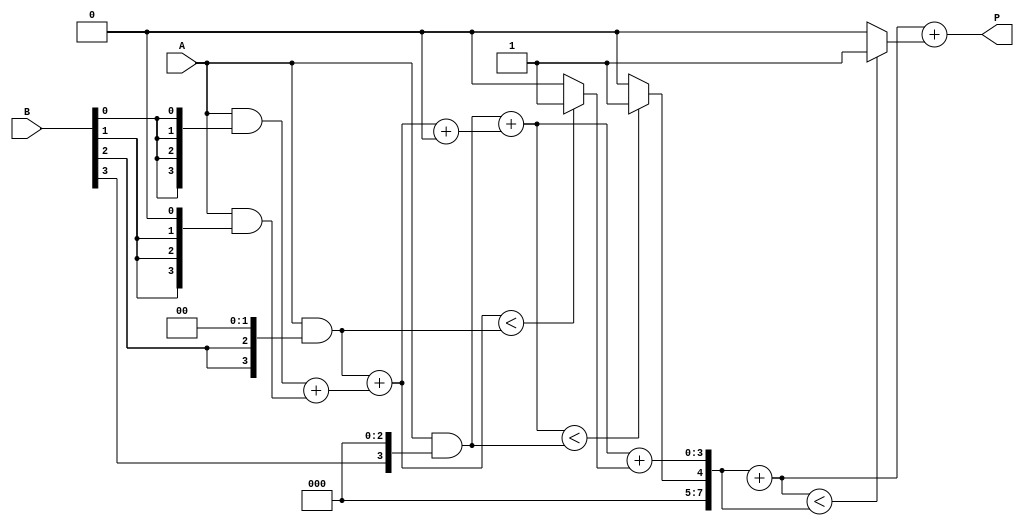
module wallace_tree_multiplier #(parameter N = 4) (
    input [N-1:0] A,
    input [N-1:0] B,
    output reg [2*N-1:0] P
);

    // Internal wires for partial products
    wire [N-1:0] pp [0:N-1]; // Partial products
    wire [N-1:0] sum [0:N-1]; // Sums from CSAs
    wire [N-1:0] carry [0:N-1]; // Carries from CSAs

    // Generate partial products
    genvar i, j;
    generate
        for (i = 0; i < N; i = i + 1) begin : pp_gen
            assign pp[i] = A & {N{B[i]}} << i; // AND and shift
        end
    endgenerate

    // Reduction stage using CSAs
    generate
        for (i = 0; i < N; i = i + 1) begin : CSA
            if (i == 0) begin
                assign sum[i] = pp[0] + pp[1]; // First addition
                assign carry[i] = 0; // No carry for the first addition
            end else if (i < N - 1) begin
                wire [N-1:0] temp_sum;
                wire [N-1:0] temp_carry;
                assign temp_sum = pp[i + 1] + sum[i - 1];
                assign temp_carry = carry[i - 1];
                assign sum[i] = temp_sum + temp_carry;
                assign carry[i] = (temp_sum < pp[i + 1]) ? 1 : 0; // Carry if overflow
            end
        end
    endgenerate

    // Final addition of the last two rows
    wire [2*N-1:0] final_sum;
    wire [2*N-1:0] final_carry;

    assign final_sum = {carry[N-2], sum[N-2]} + {1'b0, sum[N-1]}; // Final addition
    assign final_carry = (final_sum < {carry[N-2], sum[N-2]}) ? 1 : 0; // Final carry

    always @(*) begin
        P = final_sum + final_carry; // Final product
    end

endmodule